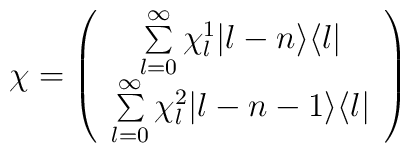
\chi =\left(\begin{array}{c}\sum\limits_{l=0}^{\infty} \chi^1_l |l-n\rangle \langle l |\\\sum\limits_{l=0}^{\infty} \chi^2_l |l-n-1\rangle \langle l |\end{array}\right)